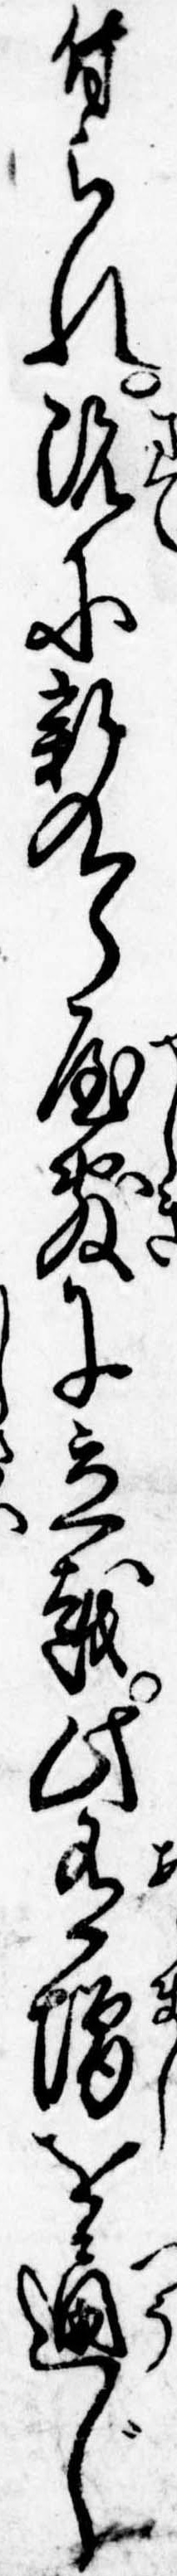
付られ既に新九郎屋敷に立越此有増を通じ